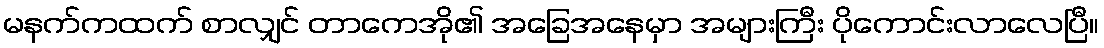
မနက်ကထက် စာလျှင် တာကေအို၏ အခြေအနေမှာ အများကြီး ပိုကောင်းလာလေပြီ။